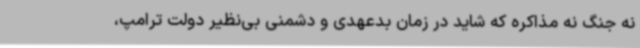
نه جنگ نه مذاکره که شاید در زمان بدعهدی و دشمنی بی‌نظیر دولت ترامپ،